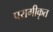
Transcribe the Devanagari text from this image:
परागीकृत